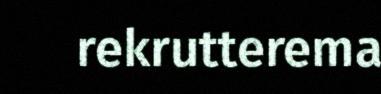
rekrutterema